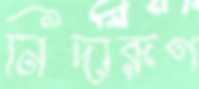
নিদারূণ